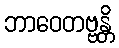
ဘာဝေတဗ္ဗန္တိ